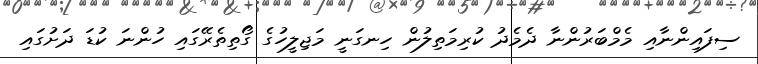
ސިފައިންނާއި މެމްބަރުންނާ ދެމެދު ކުރިމަތިލުން ހިނގަނީ މަޖިލީހުގެ ގޯތިތެރޭގައި ހުންނަ ކުޑަ ދަށުގައި